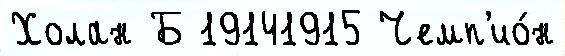
Холан Б 19141915 Чемп'ио́н